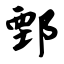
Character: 鄄